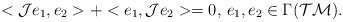
\begin{align*}<\mathcal{J}e_1,e_2>+<e_1,\mathcal{J}e_2>=0,\, e_1,e_2\in \Gamma(\mathcal{TM}).\end{align*}